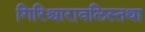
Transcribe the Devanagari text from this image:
गिरिश्चारावलिस्तथा